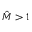
\hat { { M } } > 1